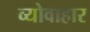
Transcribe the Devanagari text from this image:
व्योवाहार